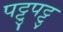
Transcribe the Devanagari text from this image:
पट्टुपट्टु